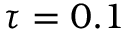
\tau = 0 . 1